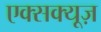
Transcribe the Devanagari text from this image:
एक्सक्यूज़